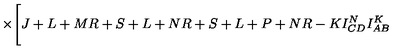
\times \Biggl [ { \binom { J + L + M } { R + S + L + N } } { \binom { R + S + L + P + N } { R - K } } I _ { C D } ^ { N } I _ { A B } ^ { K }